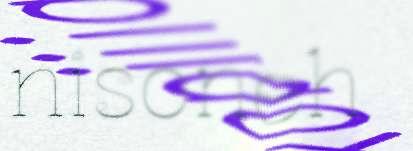
nisoneh